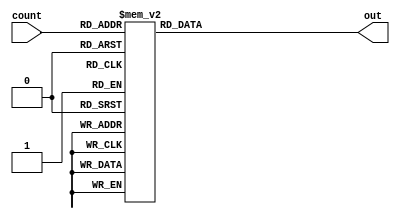
module Seg7(count,out);
input [3:0]count;
output[6:0]out;
reg [6:0]out;
always@(count)
begin
    case(count)
        0:
            out=7'b1000000;
        1:
            out=7'b1111001;
        2:
            out=7'b0100100;
        3:
            out=7'b0110000;
        4:
            out=7'b0011001;
        5:
            out=7'b0010010;
        6:
            out=7'b0000010;
        7:
            out=7'b1111000;
        8:
            out=7'b0000000;
        9:
            out=7'b0010000;
        10:
            out=7'b0001000;
        11:
            out=7'b0000011;
        12:
            out=7'b1000110;
        13:
            out=7'b0100001;
        14:
            out=7'b0000110;
        15:
            out=7'b0001110;
        default:
            out=7'b1000000;// use 0 to represent error

    endcase

end

endmodule